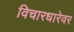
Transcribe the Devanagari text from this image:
विचारधारेवर